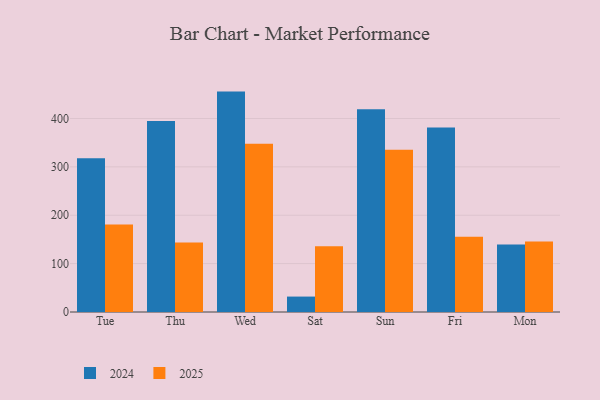
{"axis": {"x": "Day", "y": "Temperature (°C)"}, "legend": ["2024", "2025"], "data": [{"x": "Tue", "y": 317.9, "type": "2024"}, {"x": "Tue", "y": 180.9, "type": "2025"}, {"x": "Thu", "y": 394.8, "type": "2024"}, {"x": "Thu", "y": 143.9, "type": "2025"}, {"x": "Wed", "y": 455.6, "type": "2024"}, {"x": "Wed", "y": 347.6, "type": "2025"}, {"x": "Sat", "y": 31.9, "type": "2024"}, {"x": "Sat", "y": 135.7, "type": "2025"}, {"x": "Sun", "y": 419.1, "type": "2024"}, {"x": "Sun", "y": 335.4, "type": "2025"}, {"x": "Fri", "y": 381.5, "type": "2024"}, {"x": "Fri", "y": 155.6, "type": "2025"}, {"x": "Mon", "y": 139.4, "type": "2024"}, {"x": "Mon", "y": 145.8, "type": "2025"}]}